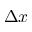
\Delta x